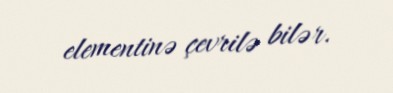
elementinə çevrilə bilər.